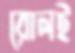
রোলই